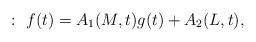
LaTeX: \begin{align*}:~f(t)=A_1(M,t)g(t)+A_2(L,t),\end{align*}